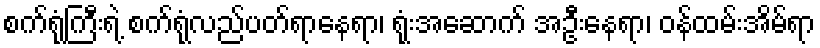
စက်ရုံကြီးရဲ့ စက်ရုံလည်ပတ်ရာနေရာ၊ ရုံးအဆောက် အဦးနေရာ၊ ဝန်ထမ်းအိမ်ရာ